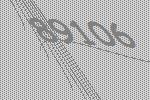
89106